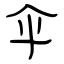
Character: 伞